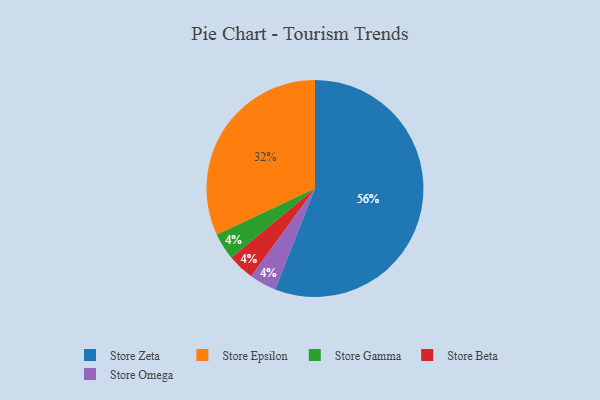
{"axis": {"x": "Category", "y": "Percentage"}, "legend": ["Store Beta", "Store Epsilon", "Store Gamma", "Store Omega", "Store Zeta"], "data": [{"x": "Store Zeta", "y": 56, "type": "Store Zeta"}, {"x": "Store Gamma", "y": 4, "type": "Store Gamma"}, {"x": "Store Epsilon", "y": 32, "type": "Store Epsilon"}, {"x": "Store Beta", "y": 4, "type": "Store Beta"}, {"x": "Store Omega", "y": 4, "type": "Store Omega"}]}